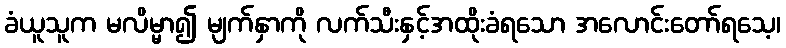
ခံယူသူက မလိမ္မာ၍ မျက်နှာကို လက်သီးနှင့်အထိုးခံရသော အလောင်းတော်ရသေ့၊